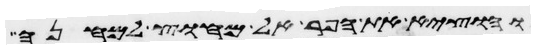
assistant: והוציא את הפר אל מחוץ למחנה